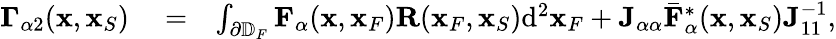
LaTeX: \begin{array}{rlr}{{\mathbf\Gamma}_{\alpha 2}({\mathbf x},{\mathbf x}_{S})}&{{}=}&{\int_{\partial\mathbb{D}_{F}}{\mathbf F}_{\alpha}({\mathbf x},{\mathbf x}_{F}){\mathbf R}({\mathbf x}_{F},{\mathbf x}_{S})\mathrm{d}^{2}{\mathbf x}_{F}+{\mathbf J}_{\alpha\alpha}{{\bar{\mathbf F}}}_{\alpha}^{*}({\mathbf x},{\mathbf x}_{S}){\mathbf J}_{11}^{-1},}\end{array}